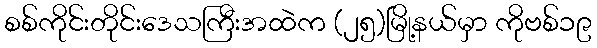
စစ်ကိုင်းတိုင်းဒေသကြီးအထဲက (၂၅)မြို့နယ်မှာ ကိုဗစ်၁၉